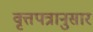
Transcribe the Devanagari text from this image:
वृत्तपत्रानुसार